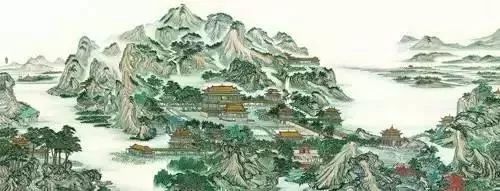
细雨春芜上林苑，颓垣夜月洛阳宫。